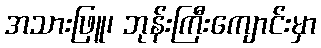
အသားဖြူ၊ ဘုန်းကြီးကျောင်းမှာ